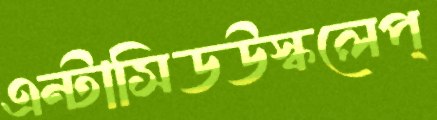
এন্টাসিডউস্‌কলেপ্